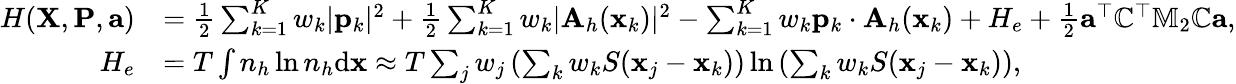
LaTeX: \begin{array}{rl}{H({\mathbf X},{\mathbf P},{\mathbf a})}&{=\frac{1}{2}\sum_{k=1}^{K}w_{k}|{\mathbf p}_{k}|^{2}+\frac{1}{2}\sum_{k=1}^{K}w_{k}|{\mathbf A}_{h}({\mathbf x}_{k})|^{2}-\sum_{k=1}^{K}w_{k}{\mathbf p}_{k}\cdot{\mathbf A}_{h}({\mathbf x}_{k})+H_{e}+\frac{1}{2}{\mathbf a}^{\top}\mathbb{C}^{\top}\mathbb{M}_{2}\mathbb{C}{\mathbf a},}\\ {H_{e}}&{=T\int{n}_{h}\ln{n}_{h}\mathrm{d}{\mathbf x}\approx T\sum_{j}w_{j}\left(\sum_{k}w_{k}S({\mathbf x}_{j}-{\mathbf x}_{k})\right)\ln\left(\sum_{k}w_{k}S({\mathbf x}_{j}-{\mathbf x}_{k})\right),}\end{array}